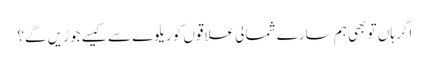
اگر ہاں تو بھی ہم سارے شمالی علاقوں کو ریلوے سے کیسے جوڑیں گے؟